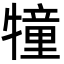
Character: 犝